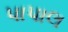
પાપાલ